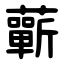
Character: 蘄